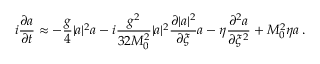
i \frac { \partial a } { \partial { t } } \approx - \displaystyle \frac { g } { 4 } | a | ^ { 2 } a - i \displaystyle \frac { g ^ { 2 } } { 3 2 M _ { 0 } ^ { 2 } } { | a | ^ { 2 } \frac { \partial | a | ^ { 2 } } { \partial \xi } a } - \eta \displaystyle \frac { \partial ^ { 2 } a } { \partial \xi ^ { 2 } } + M _ { 0 } ^ { 2 } \eta a \: .